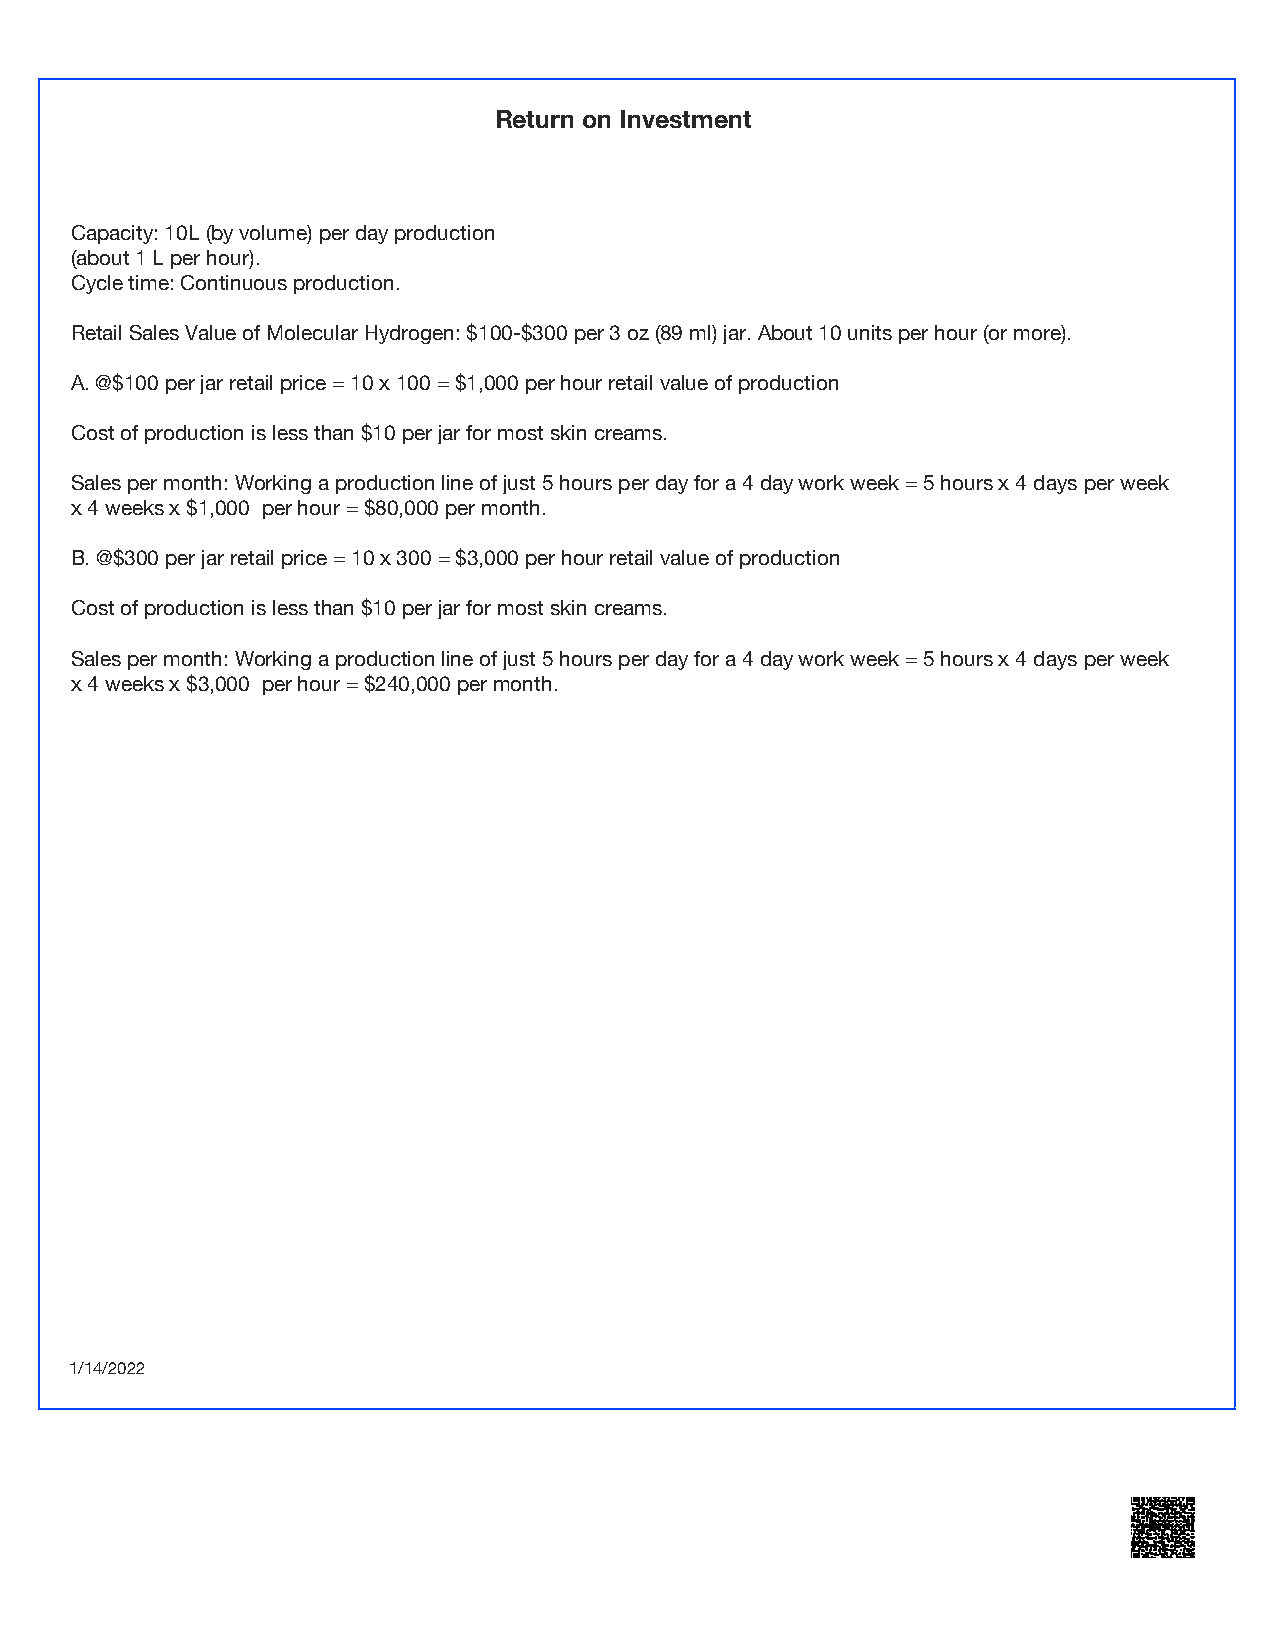
Return on Investment
 Capacity: 10L (by volume) per day production
 (about 1 L per hour).
 Cycle time: Continuous production.
 Retail Sales Value of Molecular Hydrogen: $100-$300 per 3 oz (89 ml) jar. About 10 units per hour (or more).
 A. @$100 per jar retail price = 10 x 100 = $1,000 per hour retail value of production
 Cost of production is less than $10 per jar for most skin creams.
 Sales per month: Working a production line of just 5 hours per day for a 4 day work week = 5 hours x 4 days per week
 x 4 weeks x $1,000 per hour = $80,000 per month.
 B. @$300 per jar retail price = 10 x 300 = $3,000 per hour retail value of production
 Cost of production is less than $10 per jar for most skin creams.
 Sales per month: Working a production line of just 5 hours per day for a 4 day work week = 5 hours x 4 days per week
 x 4 weeks x $3,000 per hour = $240,000 per month.
 1/14/2022